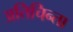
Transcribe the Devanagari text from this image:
अतिचिन्ता